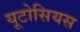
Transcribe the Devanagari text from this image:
यूटोसियस